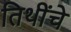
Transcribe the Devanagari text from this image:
तिथींचे